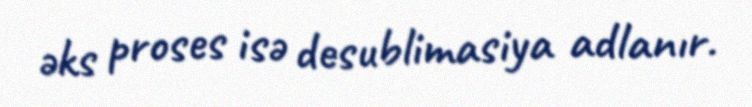
əks proses isə desublimasiya adlanır.